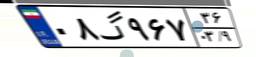
۸۲گ۵۱۱۸۸